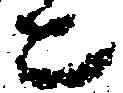
ニ